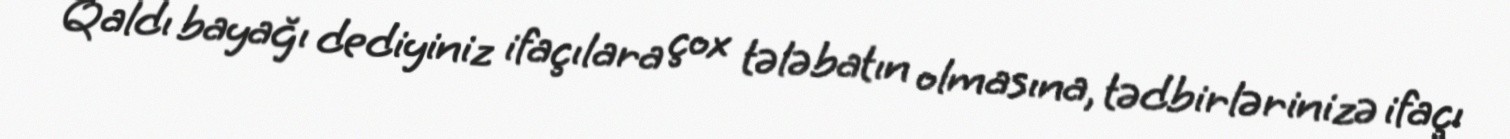
Qaldı bayağı dediyiniz ifaçılara çox tələbatın olmasına, tədbirlərinizə ifaçı